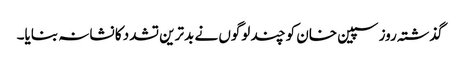
گذشتہ روز سپین خان کو چند لوگوں نے بدترین تشدد کا نشانہ بنایا۔